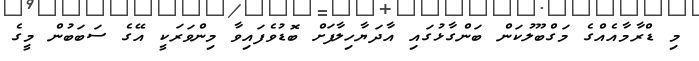
މި ޑްރާމާއެއްގެ މަގްބޫލުކަން ބަންގާޅުގައި އާދަޔާހިލާފަށް ބޮޑުވެފައިވާ މިންވަރަކީ އޭގެ ސަބަބުން މީގެ